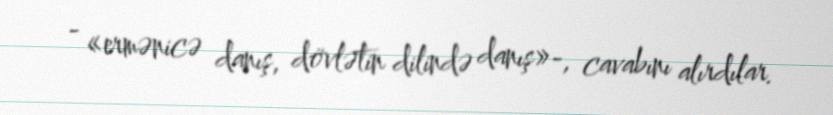
- «ermənicə danış, dövlətin dilində danış»-, cavabını alırdılar.